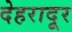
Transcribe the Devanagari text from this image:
देहरादूर